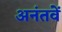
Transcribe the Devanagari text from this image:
अनंतवें